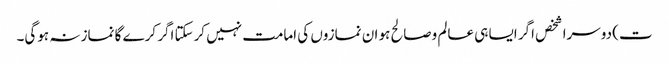
ت) دوسرا شخص اگر ایسا ہی عالم وصالح ہو ان نمازوں کی امامت نہیں کرسکتا اگر کرے گا نماز نہ ہوگی۔